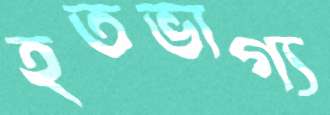
হতভাগ্য